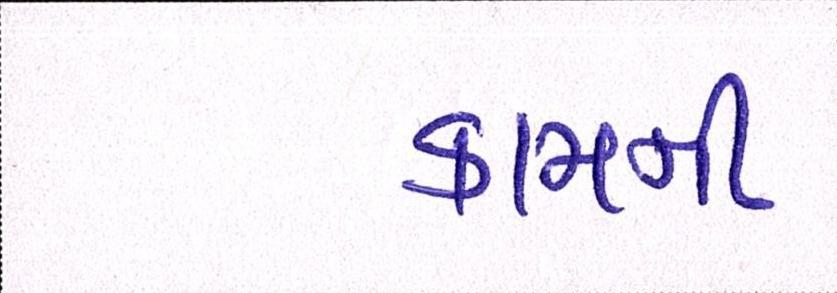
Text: કામની